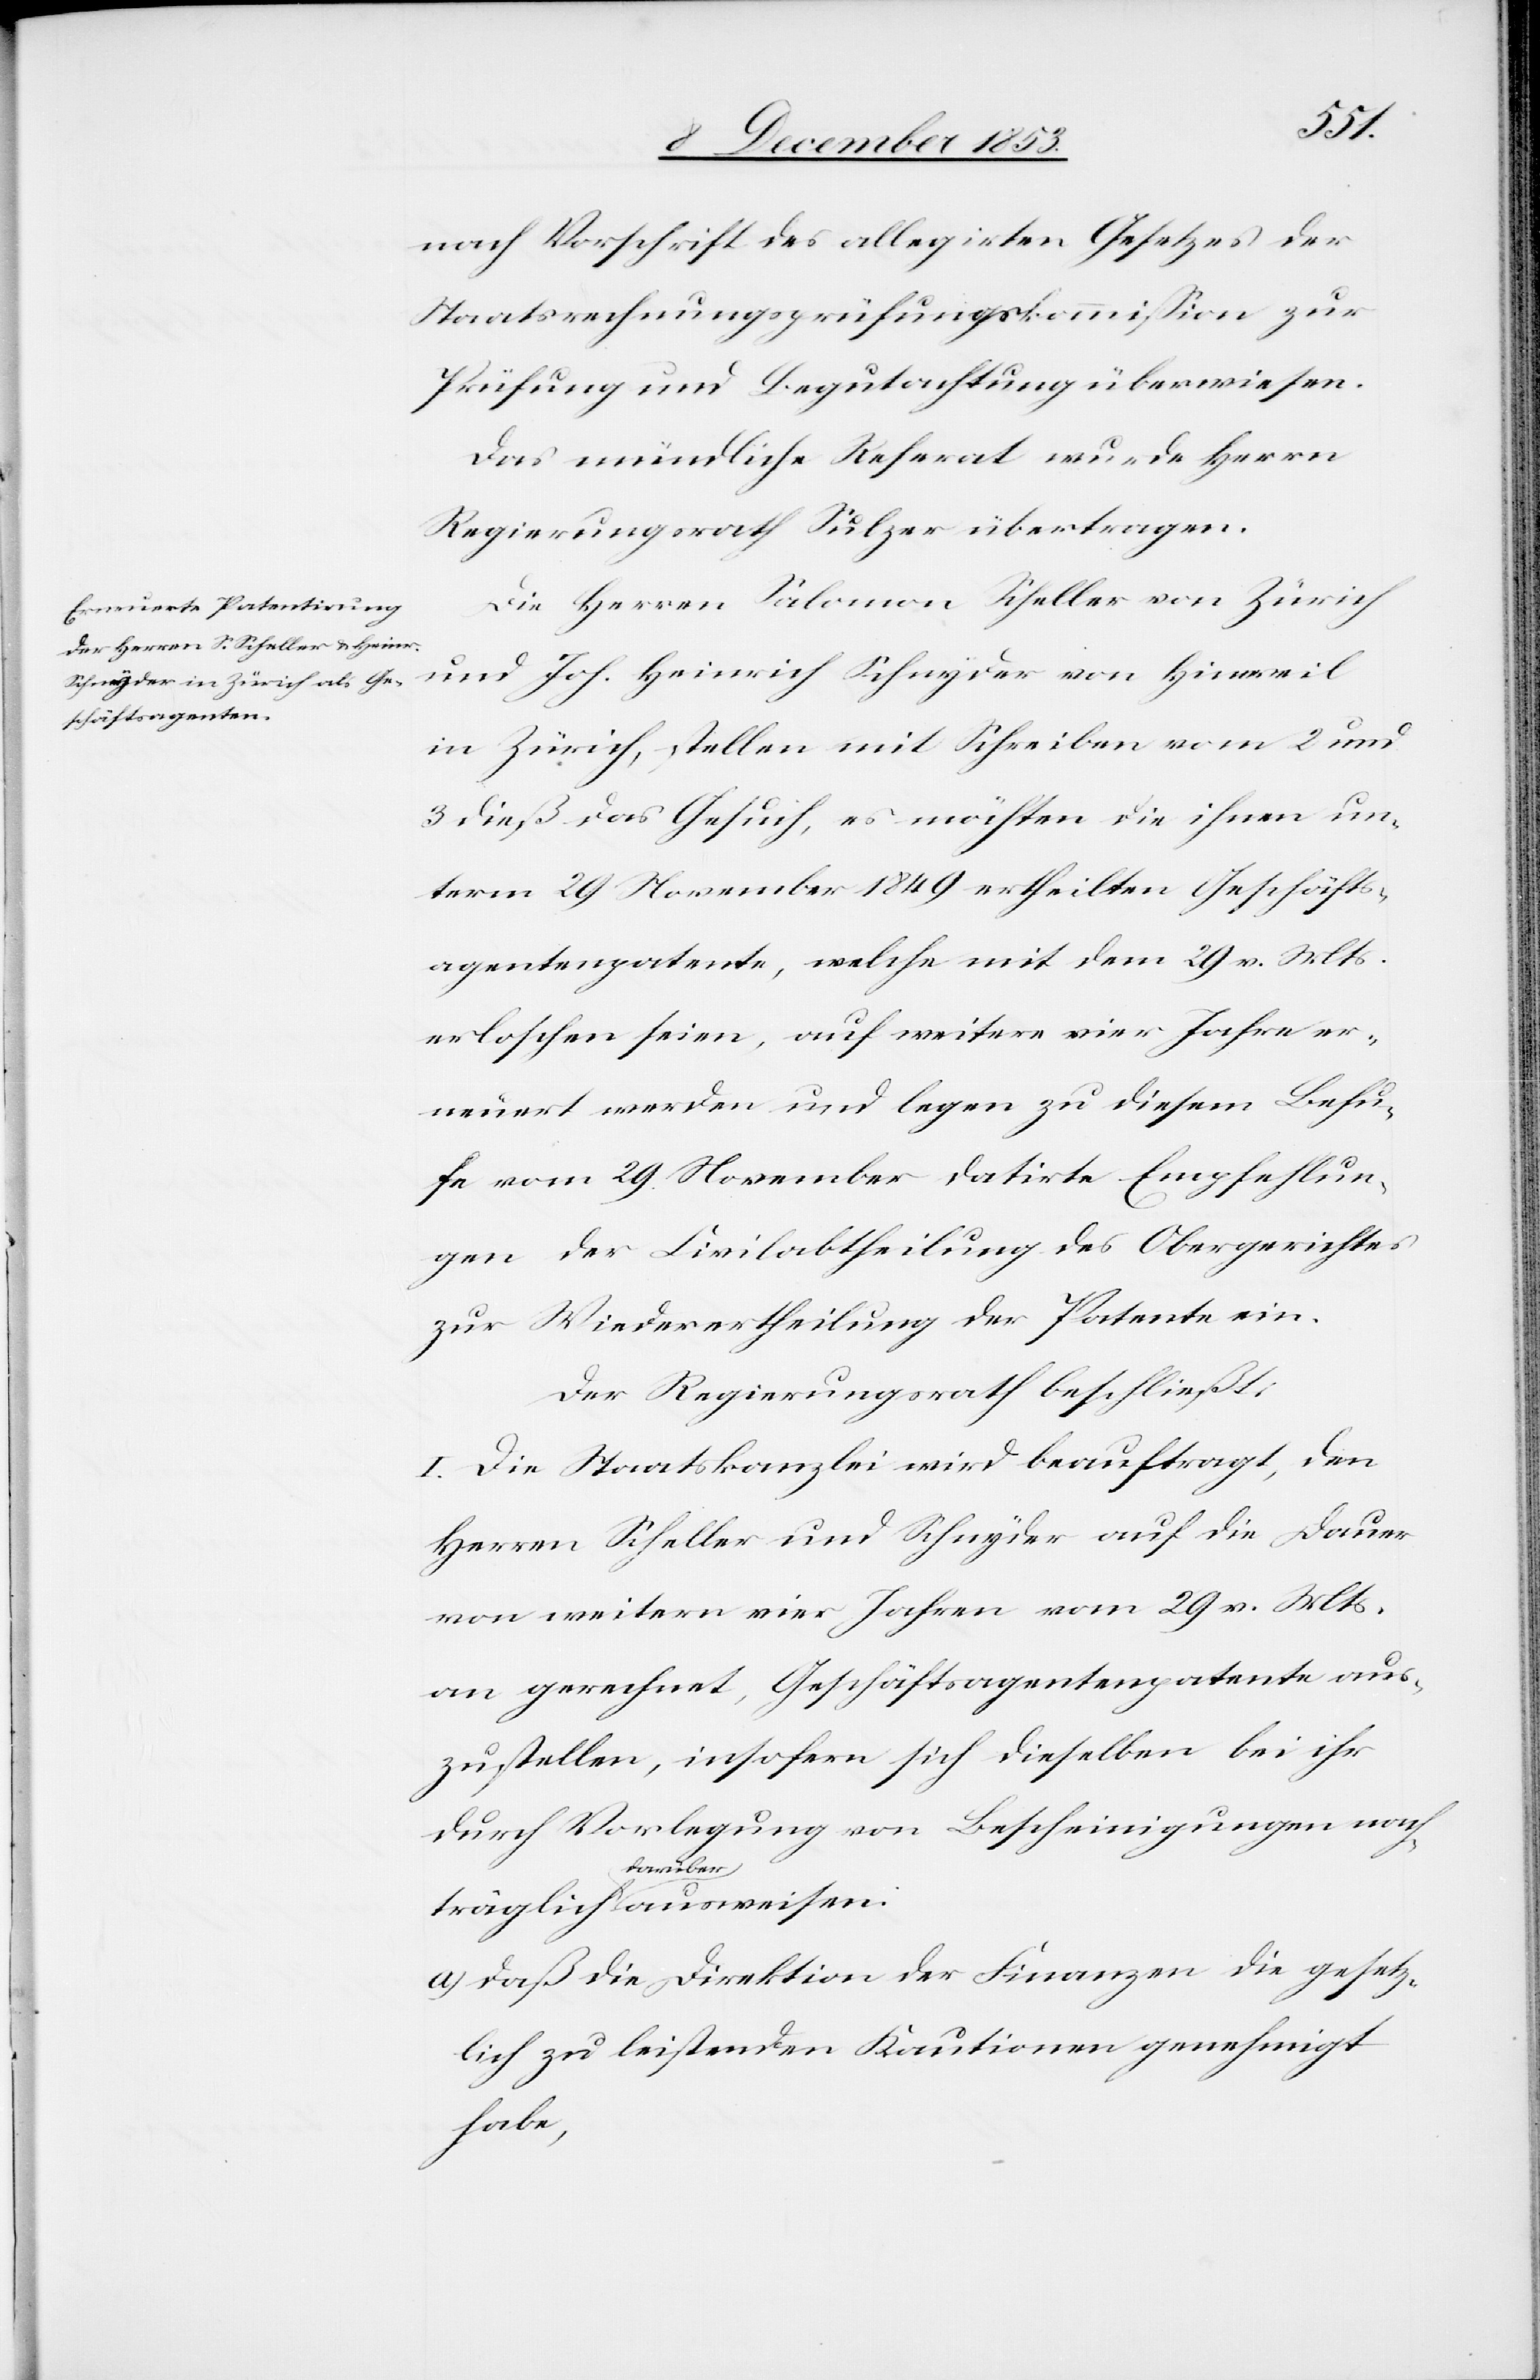
nach Vorschrift des allegirten Gesetzes der
Staatsrechnungsprüfungskommißion zur
Prüfung und Begutachtung überwiesen.
Das mündliche Referat wurde Herrn
Regierungsrath Sulzer übertragen.
Die Herren Salomon Scheller von Zürich
und Joh. Heinrich Schnyder von Hinweil
in Zürich, stellen mit Schreiben vom 2 und
3 dieß das Gesuch, es möchten die ihnen un¬
tern 29 November 1849 ertheilten Geschäfts¬
agentenpatente, welche mit dem 29 v. Mts.
erloschen seien, auf weitere vier Jahre er¬
neuert werden und legen zu diesem Behu¬
fe vom 29 November datirte Empfehlun¬
gen der Civilabtheilung des Obergerichtes
zur Wiederertheilung der Patente ein.
Der Regierungsrath beschließt:
I. Die Staatskanzlei wird beauftragt, den
Herren Scheller und Schnyder auf die Dauer
von weitern vier Jahren vom 29 v. Mts.
an gerechnet, Geschäftsagentenpatente aus¬
zustellen, insofern sich dieselben bei ihr
durch Vorlegung von Bescheinigungen nach¬
träglich darüber ausweisen.
a) daß die Direktion der Finanzen die gesetz¬
lich zu leistenden Kautionen genehmigt
habe,